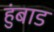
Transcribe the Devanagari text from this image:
हुंबाड